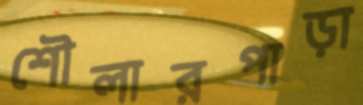
শৌলারপাড়া